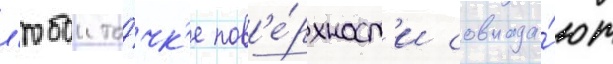
л'юбои то́чк'е пов'е́рхност'и совпада́ют